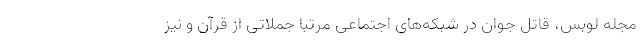
مجله لوبس، قاتل جوان در شبکه‌های اجتماعی مرتبا جملاتی از قرآن و نیز